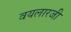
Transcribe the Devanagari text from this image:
वयलारजी